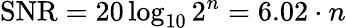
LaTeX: \mathrm{SNR}=20\log_{10}2^{n}=6.02\cdot n